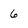
Character: 6